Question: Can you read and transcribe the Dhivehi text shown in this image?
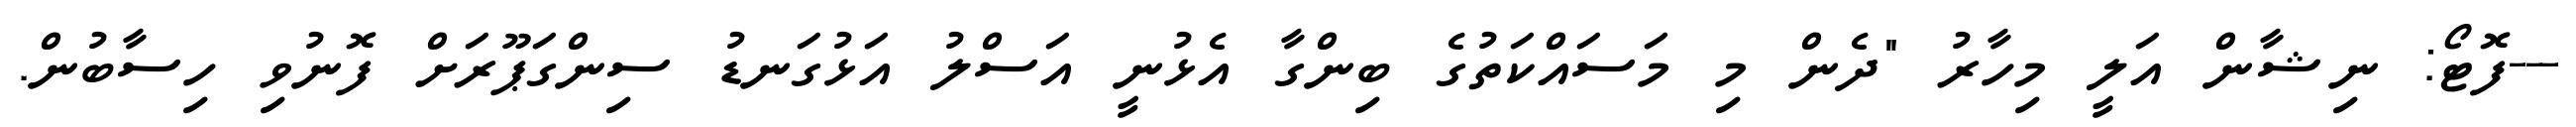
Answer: ---ފޮޓޯ: ނިޝާން އަލީ މިހާރު "ދެން މި މަސައްކަތުގެ ބިންގާ އެޅުނީ އަސްލު އަޅުގަނޑު ސިންގަޕޫރަށް ފޮނުވި ހިސާބުން.